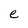
Character: e